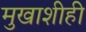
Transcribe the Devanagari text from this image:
मुखाशीही